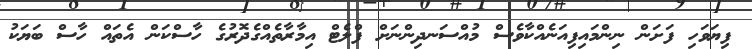
ފިޔަވަހި ފަށަން ނިންމައިފިއަނެއްކާވެސް މުއްސަނދިންނަށް ފްލެޓް އިމާރާތެއްގެދޮރުގެ ހާސްކަން އެތައް ހާސް ބަޔަކު